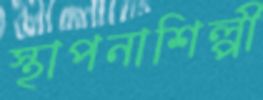
স্থাপনাশিল্পী